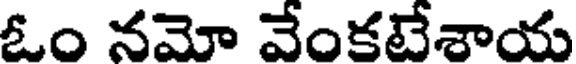
ఓం నమో వేంకటేశాయ